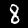
Digit: 8